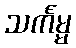
သင်္ကမ္မ